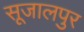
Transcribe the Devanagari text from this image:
सूजालपुर